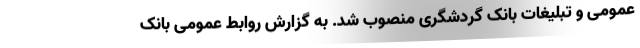
عمومی و تبلیغات بانک گردشگری منصوب شد. به گزارش روابط عمومی بانک